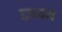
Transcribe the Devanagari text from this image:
हमयन